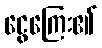
ငွေကြေး၏